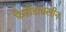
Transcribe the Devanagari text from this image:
फैरीडाक्सीन